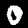
Label: 0